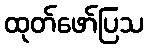
ထုတ်ဖော်ပြသ